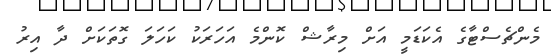
މެންޗެސްޓާގެ އެކަޑަމީ އަށް މިރާޝް ކޮންމެ އަހަރަކު ކަހަލަ ގޮތަކަށް ދާ އިރު